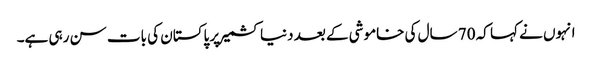
انہوں نے کہا کہ 70 سال کی خاموشی کے بعد دنیا کشمیر پر پاکستان کی بات سن رہی ہے۔